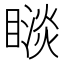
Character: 𥊗